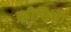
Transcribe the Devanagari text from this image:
ख़ीमिया